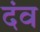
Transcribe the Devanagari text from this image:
दंव